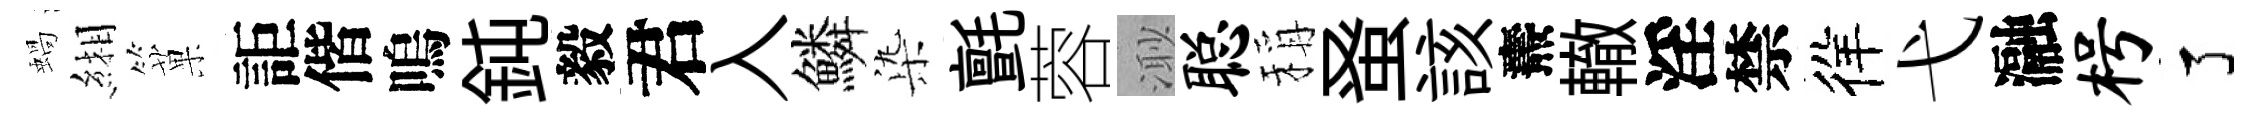
蝸緗菓詎偕嗚鈍毅君入鱗𣑱氈蓉𣺌聪稱𫊫該燾轍淫禁徉弋瀜枵了